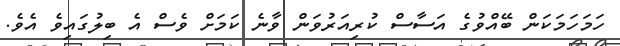
ހަމަހަމަކަން ބޭއްވުގެ އަސާސް ކުރިއަރުވަން ވާނެ ކަމަށް ވެސް އެ ބިލުގައިވެ އެވެ.